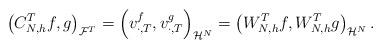
LaTeX: \begin{align*} \left(C^T_{N,h}f,g\right)_{\mathcal{F}^T}=\left(v^f_{\cdot,T},v^g_{\cdot,T}\right)_{\mathcal{H}^N}=\left(W^T_{N,h}f,W^T_{N,h}g\right)_{\mathcal{H}^N}.\end{align*}